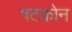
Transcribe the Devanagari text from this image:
षटकोन